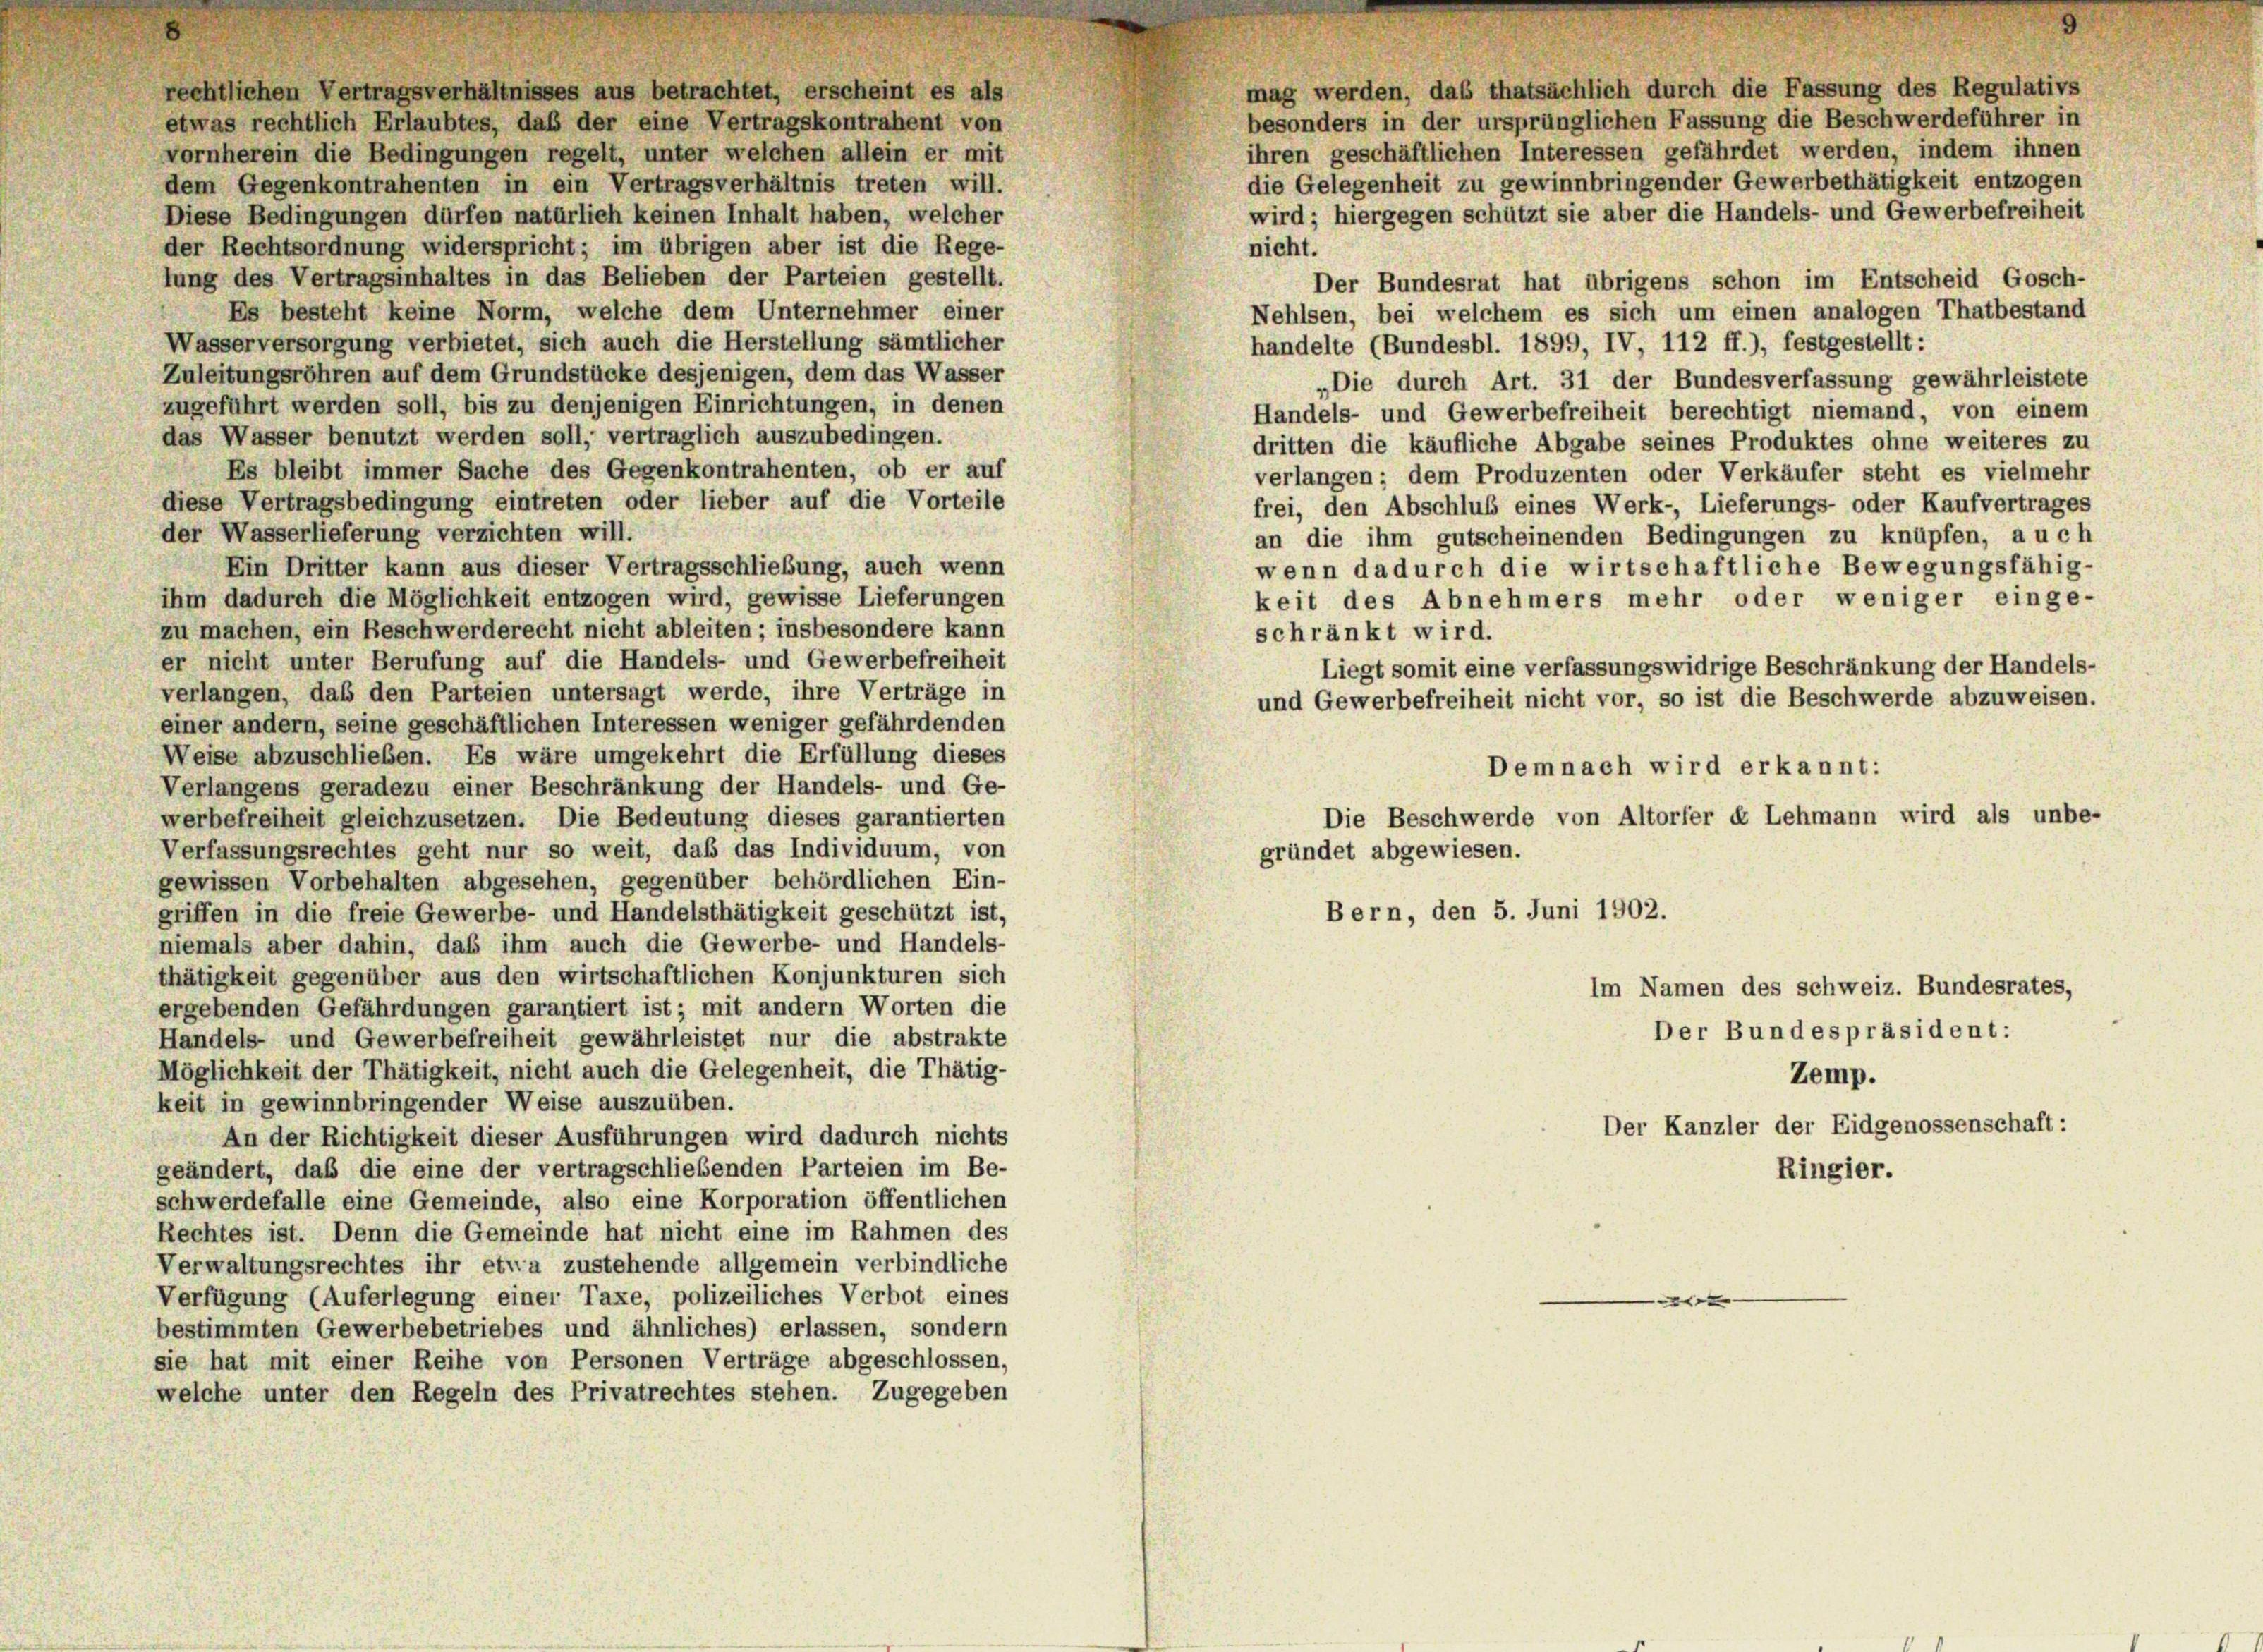
mag werden, das thatsächlich durch die Fassung des Regulativs
besonders in der ursprünglichen Fassung die Beschwerdeführer in
etwas rechtlich Erlaubtes, daß der eine Vertragskontrahent von
ihren geschäftlichen Interessen gefährdet werden, indem ihnen
vornherein die Bedingungen regelt, unter welchen allein er mit
die Gelegenheit zu gewinnbringender Gewerbethätigkeit entzogen
dem Gegenkontrahenten in ein Vertragsverhältnis treten will.
wird; hiergegen schützt sie aber die Handels- und Gewerbefreiheit
Diese Bedingungen dürfen natürlich keinen Inhalt haben, welcher
der Rechtsordnung widerspricht; im übrigen aber ist die Rege-
nicht.
lung des Vertragsinhaltes in das Belieben der Parteien gestellt.
Der Bundesrat hat übrigens schon im Entscheid Gosch-
Es besteht keine Norm, welche dem Unternehmer einer
Nehlsen, bei welchem es sich um einen analogen Thatbestand
Wasserversorgung verbietet, sich auch die Herstellung sämtlicher
handelte (Bundesbl. 1899, IV, 112 ff.), festgestellt:
Zuleitungsröhren auf dem Grundstücke desjenigen, dem das Wasser
„Die durch Art. 31 der Bundesverfassung gewährleistete
zugeführt werden soll, bis zu denjenigen Einrichtungen, in denen
Handels- und Gewerbefreiheit berechtigt niemand, von einem
das Wasser benutzt werden soll, vertraglich auszubedingen.
dritten die käufliche Abgabe seines Produktes ohne weiteres zu
Es bleibt immer Sache des Gegenkontrahenten, ob er auf
verlangen; dem Produzenten oder Verkäufer steht es vielmehr
diese Vertragsbedingung eintreten oder lieber auf die Vorteile
frei, den Abschluß eines Werk-, Lieferungs- oder Kaufvertrages
der Wasserlieferung verzichten will.
an die ihm gutscheinenden Bedingungen zu knüpfen, auch
Ein Dritter kann aus dieser Vertragsschließung, auch wenn
wenn dadurch die wirtschaftliche Bewegungsfähig-
ihm dadurch die Möglichkeit entzogen wird, gewisse Lieferungen
keit des Abnehmers mehr oder weniger einge-
zu machen, ein Beschwerderecht nicht ableiten; insbesondere kann
schränkt wird.
er nicht unter Berufung auf die Handels- und Gewerbefreiheit
Liegt somit eine verfassungswidrige Beschränkung der Handels-
verlangen, daß den Parteien untersagt werde, ihre Verträge in
und Gewerbefreiheit nicht vor, so ist die Beschwerde abzuweisen.
einer andern, seine geschäftlichen Interessen weniger gefährdenden
Weise abzuschließen. Es wäre umgekehrt die Erfüllung dieses
Demnach wird erkannt:
Verlangens geradezu einer Beschränkung der Handels- und Ge-
Die Beschwerde von Altorfer et Lehmann wird als unbe-
werbefreiheit gleichzusetzen. Die Bedeutung dieses garantierten
Verfassungsrechtes geht nur so weit, daß das Individuum, von
gründet abgewiesen.
gewissen Vorbehalten abgesehen, gegenüber behördlichen Ein-
Bern, den 5. Juni 1902.
griffen in die freie Gewerbe- und Handelsthätigkeit geschützt ist,
niemals aber dahin, das ihm auch die Gewerbe- und Handels-
thätigkeit gegenüber aus den wirtschaftlichen Konjunkturen sich
Im Namen des schweiz. Bundesrates,
ergebenden Gefährdungen garantiert ist; mit andern Worten die
Der Bundespräsident:
Handels- und Gewerbefreiheit gewährleistet nur die abstrakte
Möglichkeit der Thätigkeit, nicht auch die Gelegenheit, die Thätig-
Zemp.
keit in gewinnbringender Weise auszuüben.
Der Kanzler der Eidgenossenschaft:
An der Richtigkeit dieser Ausführungen wird dadurch nichts
geändert, daß die eine der vertragschließenden Parteien im Be-
Ringier.
schwerdefalle eine Gemeinde, also eine Korporation öffentlichen
Rechtes ist. Denn die Gemeinde hat nicht eine im Rahmen des
Verwaltungsrechtes ihr etwa zustehende allgemein verbindliche
—
Verfügung (Auferlegung einer Taxe, polizeiliches Verbot eines

bestimmten Gewerbebetriebes und ähnliches) erlassen, sondern
sie hat mit einer Reihe von Personen Verträge abgeschlossen,
welche unter den Regeln des Privatrechtes stehen. Zugegeben

rechtlichen Vertragsverhältnisses aus betrachtet, erscheint es als